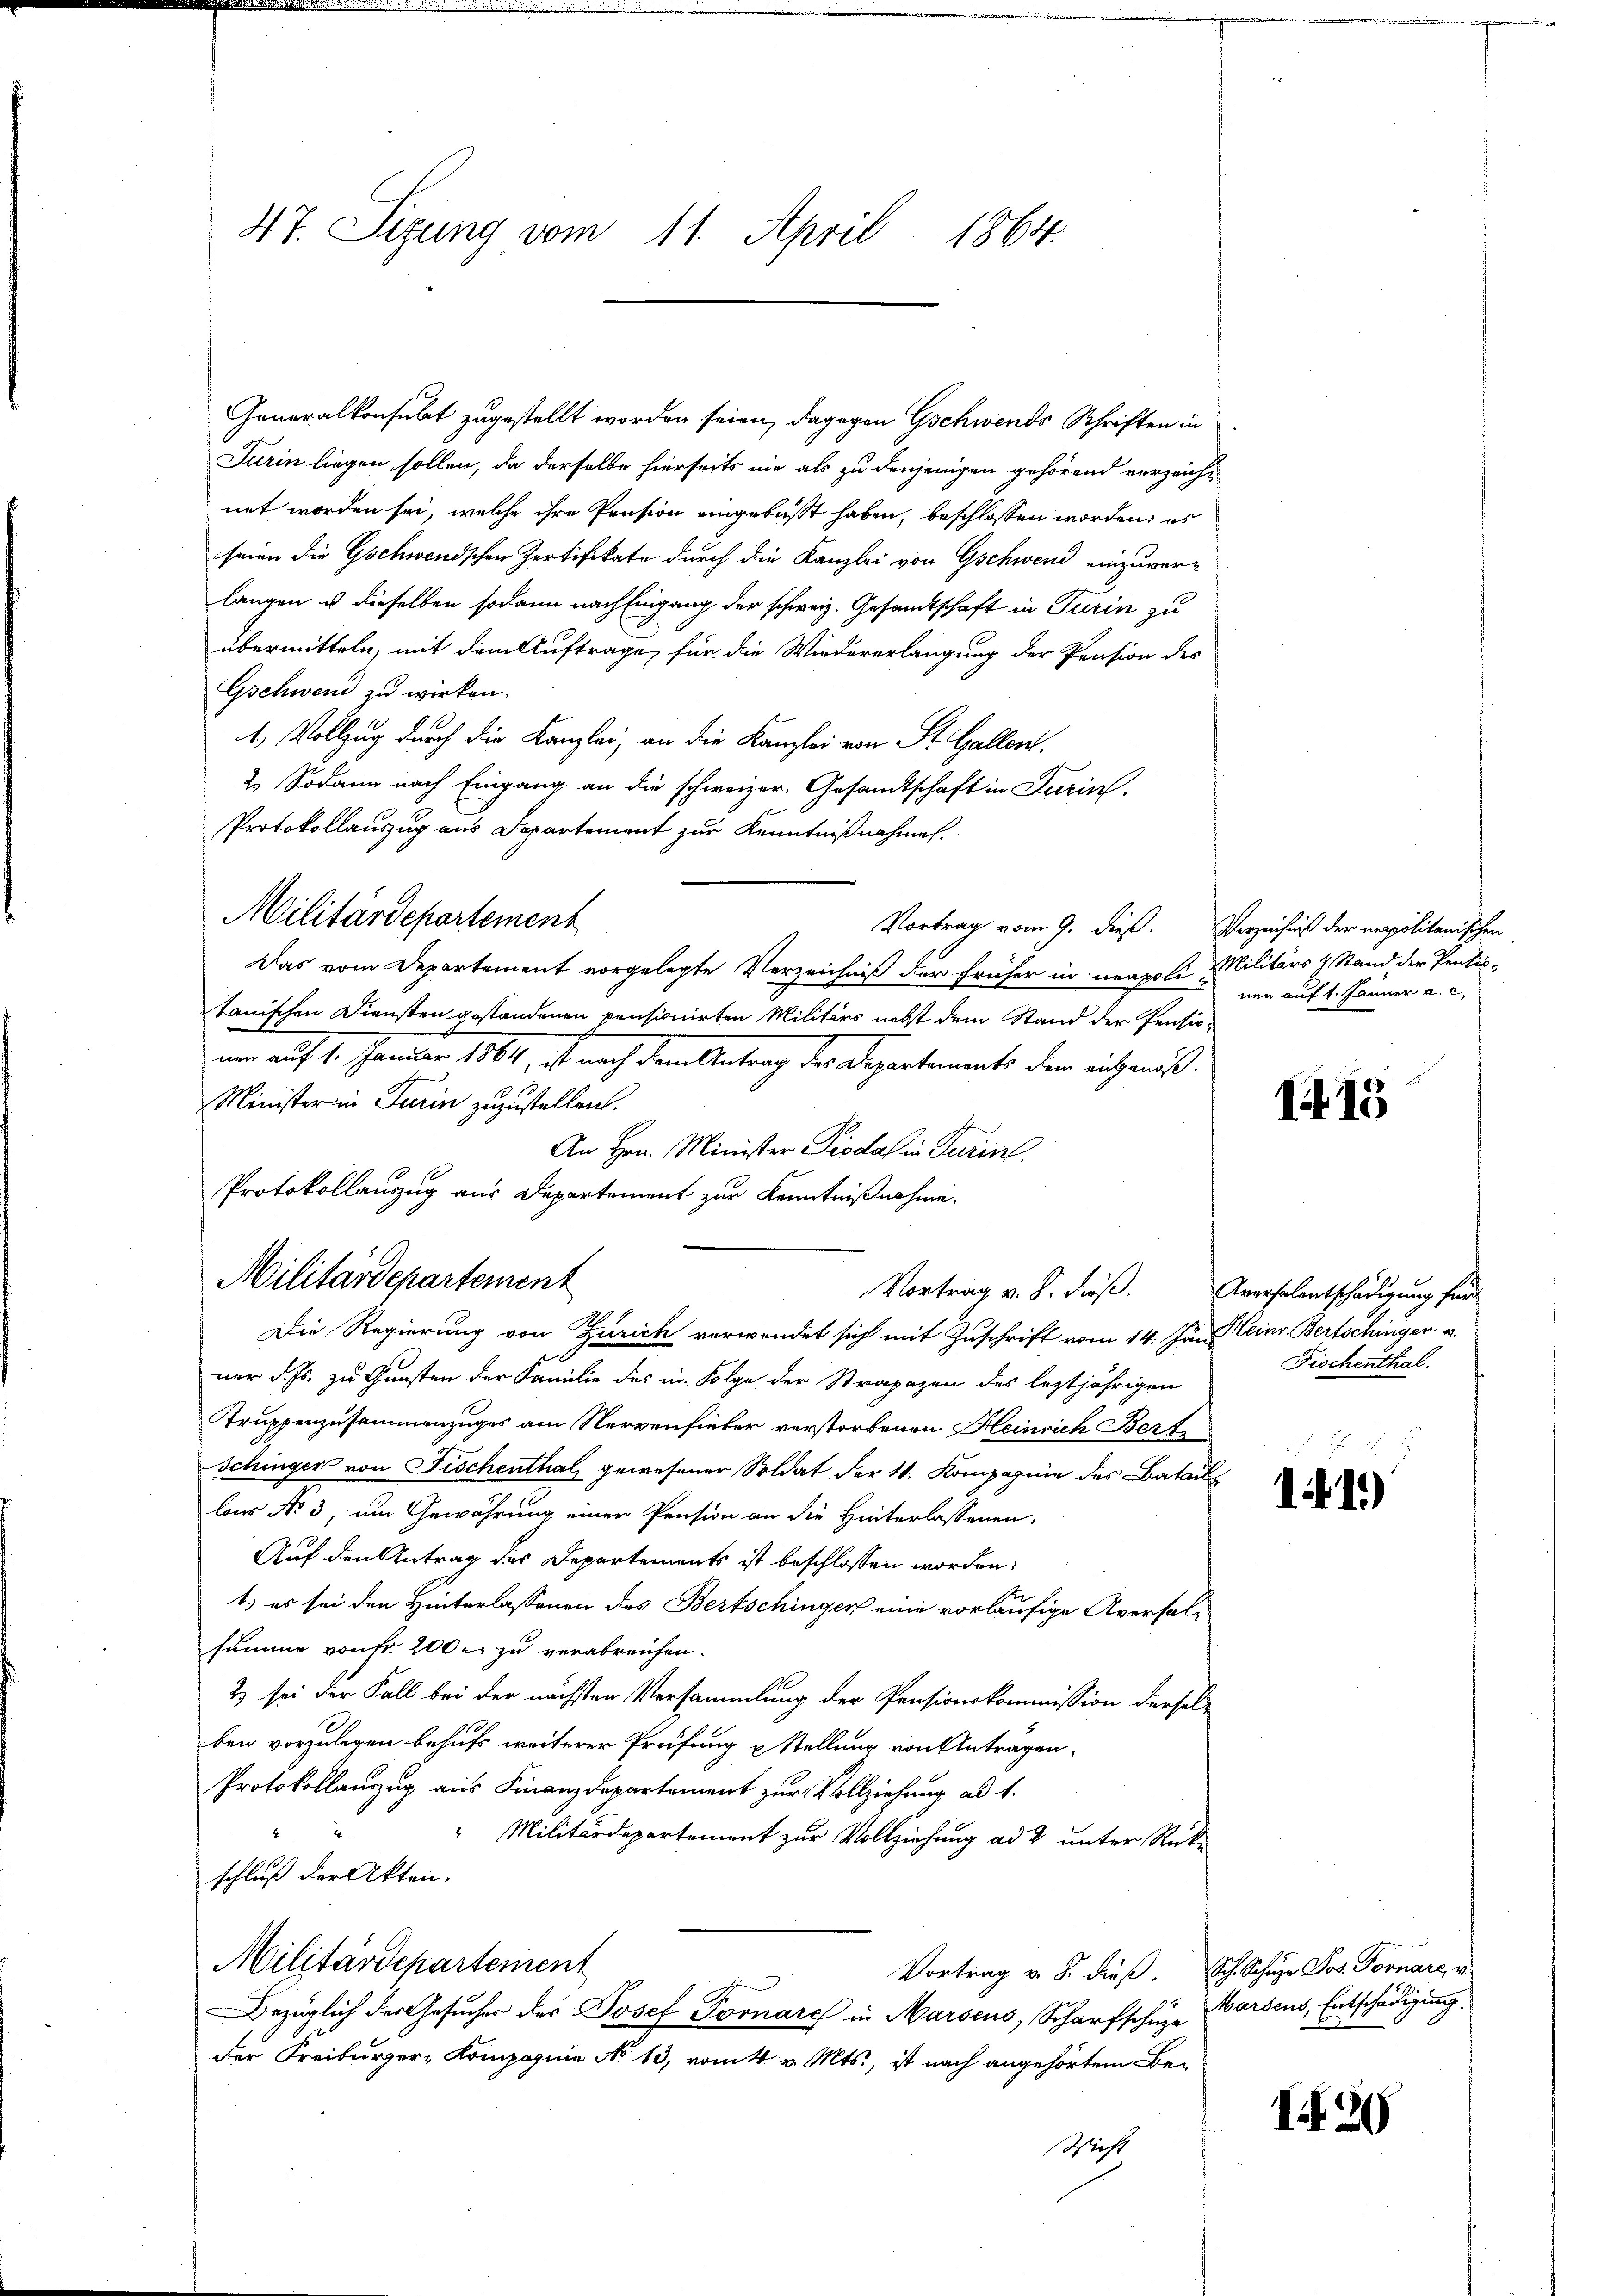
47. Sizung vom 11. April 1864.

Generalkonsult zugestellt worden seien, dagegen Gschwends Schriften in
Turin liegen sollen, da derselbe hierseits nie als zu denjenigen gehörend verzeichnet worden sei, welche ihre Pension eingebüßt haben, beschlossen worden; es
seien die Gschwendischen Zertifikate durch die Kanzlei von Gschwend einzuver-
langen u dieselben sodann nach Eingang der schweiz. Gesandtschaft in Turin zu
übermitteln, mit dem Auftrage, für die Wiedererlangung der Pension des
Gschwend zu wirken.
1. Vollzug durch die Kanzlei, an die Kanzlei von St. Gallen.
2. Sodann nach Eingang an die schweizer. Gesandtschaft in Turin
Protokollauszug aus Departement zur Kenntnißnahmen.
Militärdepartement
Vortrag vom 9. dieß. Verzeichniß der napolitanischen
Das vom Departement vorgelegte Verzeichniß der früher in neapoli Militärs & Stand der Pensis-
tanischen Diensten gestandenen pensionirten Militärs nebst dem Stand der Pensioum auf 4. Schmiden 1864, es nach dem Antrag der Departements den auch muß.
Ministerin Turin zuzustellen.
An Hrn. Minister Piodat in Turint.
Protokollauszug aus Departement zur Kenntnißnahme.

Militärdepartement

Die Regierung von Zürich verwendet sich mit Zuschrift vom 14. Jun. einr. Bertschingen v.
ner d. Js. zu Gunsten der Familie des in Folge der Strapazen des leztjährigen
Truppenzusammenzuges am Nervenfieber verstorbenen Heinrich Bert
Schinger von Fischenthal gewesener Soldat der 4. Kompagnie des Batail
las No 3, um Gewährung einer Pension an die Hinterlassenen.
Auf den Antrag des Departements ist beschlossen worden:
1.) es sei den Hinterlassenen des Bertschinger eine vorläufige Aversalsumme von fr. 200 r. zu verabreichen.
2) sei der Fall bei der nächsten Versammlung der Pensionskommission derselben vorzulegen behufs weiterer Prüfung u Stellung von Antragen.
Protokollauszug aus Finanzdepartement zur Vollziehung ad 1.
" Militärdepartement zur Vollziehung ad 2 unter Rück-
schluß der Akten.
Militärdepartement
Vortrag v. 8. dieß. Sch. Schuze Jos. Fornare, v.
Bezüglich der Gesucher des Josef Tornare in Marsens, Scharfschuze Barsens, Entschädigung,
der Freiburger- Kompagnie No 13, vom 4. v. Mts., ist nach angehörtem Be¬
Richt

nen auf 1. Jänner a. c.

115

Vortrag v. 8. dieß. Aversalentschädigung für
Fischenthal.

141)

I29